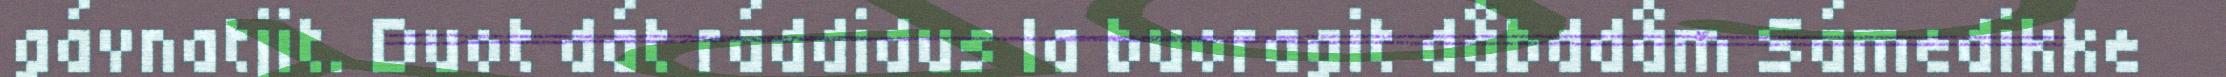
gávnatjit. Duot dát ráddidus la buoragit dåbddåm Sámedikke